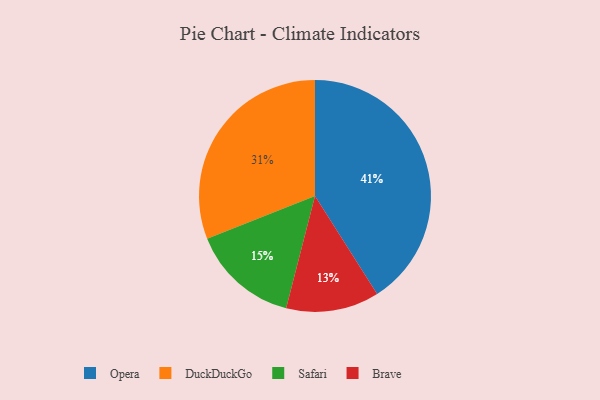
{"axis": {"x": "Category", "y": "Percentage"}, "legend": ["Brave", "DuckDuckGo", "Opera", "Safari"], "data": [{"x": "Brave", "y": 13, "type": "Brave"}, {"x": "Opera", "y": 41, "type": "Opera"}, {"x": "Safari", "y": 15, "type": "Safari"}, {"x": "DuckDuckGo", "y": 31, "type": "DuckDuckGo"}]}